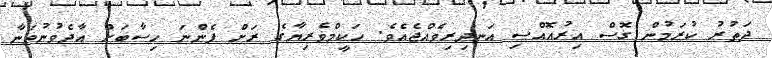
ދަތުރު ކުރަމުން ގޮސް އިރުއޮއްސި އަނދިރިވެއްޖެއެވެ. ހަކީމްވެރިޔާގެ ރަށް ފެންނަ ހިސާބަށް އާދެވުނުތަނާ